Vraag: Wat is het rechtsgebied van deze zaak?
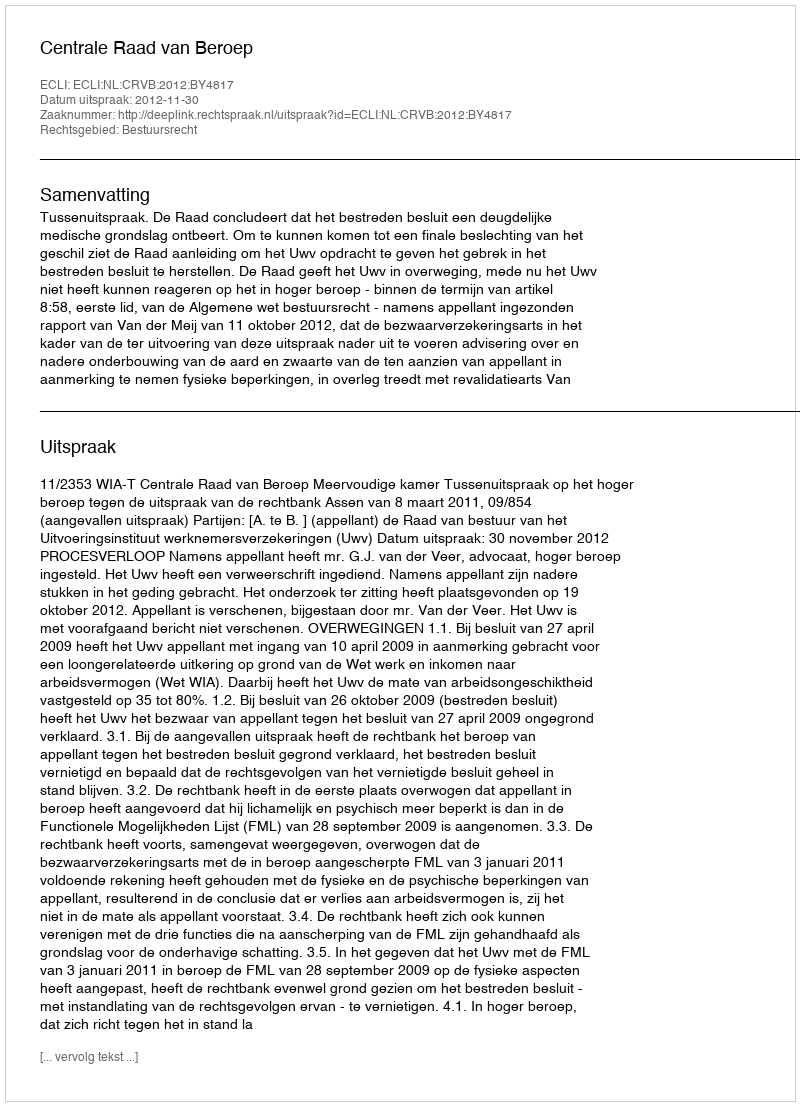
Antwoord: Bestuursrecht